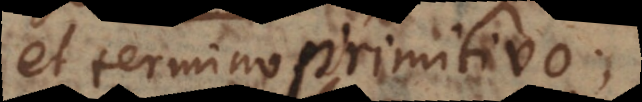
et termino primitivo;